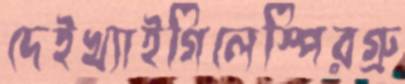
দেইখ্যাইগিলেস্পিরগ্রু